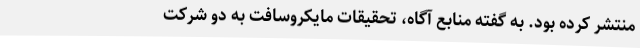
منتشر کرده بود. به گفته منابع آگاه، تحقیقات مایکروسافت به دو شرکت